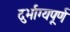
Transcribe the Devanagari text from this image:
दुर्भाग्यपू्‌र्ण